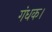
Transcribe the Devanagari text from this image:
गंधक।